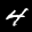
Label: 4